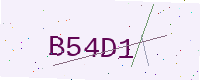
Text: B54D1